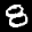
Label: 8